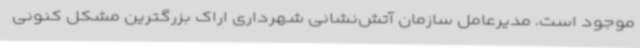
موجود است. مدیرعامل سازمان آتش‌نشانی شهرداری اراک بزرگترین مشکل کنونی